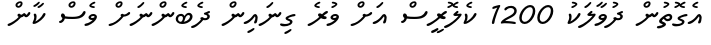
އެގޮތުން ދުވާލަކު 1200 ކެލޮރީސް އަށް ވުރެ ގިނައިން ދެބެންނަށް ވެސް ކާން